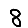
Digit: 8